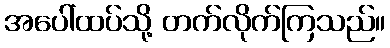
အပေါ်ထပ်သို့ တက်လိုက်ကြသည်။